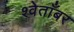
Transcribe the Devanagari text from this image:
श्वेताँबर